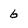
Character: b